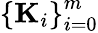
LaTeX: \left\{ {\mathbf K}_{i}\right\} _{i=0}^{m}